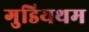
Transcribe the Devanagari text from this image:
गुडियथम